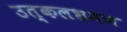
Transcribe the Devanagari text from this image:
उत्कलभ्रमण